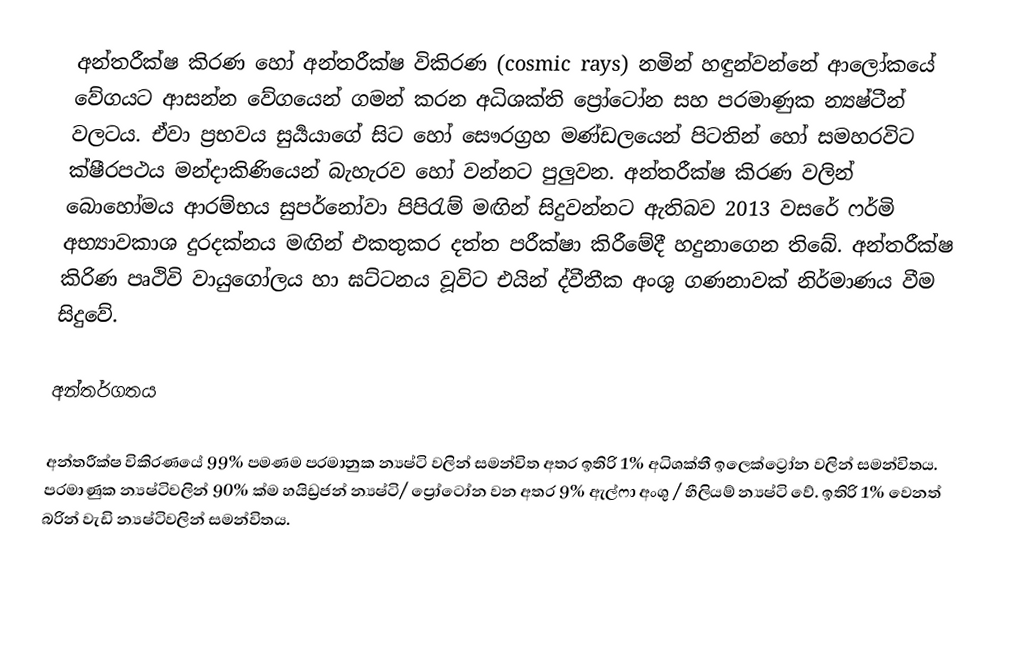
අන්තරීක්ෂ කිරණ හෝ අන්තරීක්ෂ විකිරණ (cosmic rays) නමින් හඳුන්වන්නේ  ආලෝකයේ වේගයට ආසන්න වේගයෙන් ගමන් කරන අධිශක්ති ප්‍රෝටෝන සහ පරමාණුක න්‍යෂ්ටීන් වලටය. ඒවා ප්‍රභවය සුර්‍යයාගේ සිට හෝ සෞරග්‍රහ මණ්ඩලයෙන් පිටතින් හෝ සමහරවිට ක්ෂීරපථය මන්දාකිණියෙන් බැහැරව හෝ වන්නට පුලුවන. අන්තරීක්ෂ කිරණ වලින් බොහෝමය ආරම්භය සුපර්නෝවා පිපිරැම් මඟින් සිදුවන්නට ඇතිබව 2013 වසරේ ෆර්මි අභ්‍යාවකාශ  දුරදක්නය මඟින් එකතුකර දත්ත පරීක්ෂා කිරීමේදී හදුනාගෙන තිබේ. අන්තරීක්ෂ කිරිණ පෘථිවි වායුගෝලය හා ඝට්ටනය වූවිට එයින් ද්වීතීක අංශු ගණනාවක් නිර්මාණය වීම සිදුවේ.

අන්තර්ගතය

අන්තරීක්ෂ විකිරණයේ 99% පමණම පරමානුක න්‍යෂ්ටි වලින් සමන්විත අතර ඉතිරි 1% අධිශක්තී ඉලෙක්ට්‍රෝන වලින් සමන්විතය. පරමාණුක න්‍යෂ්ටිවලින් 90% ක්ම හයිඩ්‍රජන් න්‍යෂ්ටි/ ප්‍රෝටෝන වන අතර 9% ඇල්ෆා අංශු / හීලියම් න්‍යෂ්ටි වේ. ඉතිරි 1% වෙනත් බරින් වැඩි න්‍යෂ්ටිවලින් සමන්විතය.